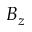
B _ { z }